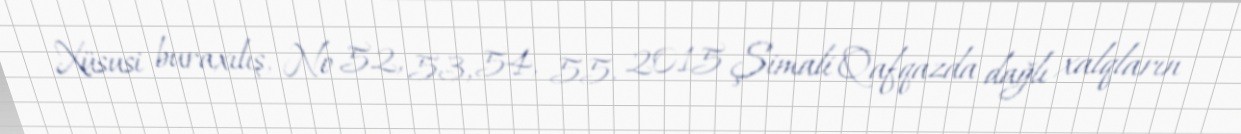
Xüsusi buraxılış, № 52, 53, 54, 55, 2015 Şimali Qafqazda dağlı xalqların